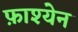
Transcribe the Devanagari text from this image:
फ़ाश्येन